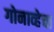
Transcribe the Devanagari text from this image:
गोनाव्हेचा